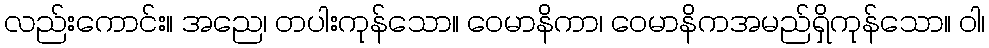
လည်းကောင်း။ အညေ၊ တပါးကုန်သော။ ဝေမာနိကာ၊ ဝေမာနိကအမည်ရှိကုန်သော။ ဝါ၊